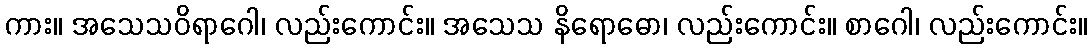
ကား။ အသေသဝိရာဂေါ၊ လည်းကောင်း။ အသေသ နိရောဓော၊ လည်းကောင်း။ စာဂေါ၊ လည်းကောင်း။